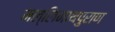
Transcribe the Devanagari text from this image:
मल्लिनाथपुराण